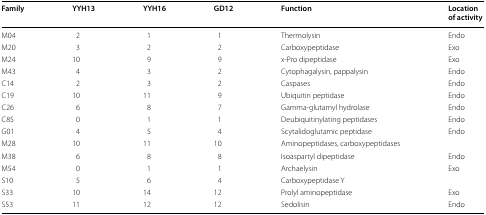
| Family | YYH13 | YYH16 | GD12 | Function | Location of activity |
 | --- | --- | --- | --- | --- | --- |
 | M04 | 2 | 1 | 1 | Thermolysin | Endo |
 | M20 | 3 | 2 | 2 | Carboxypeptidase | Exo |
 | M24 | 10 | 9 | 9 | x-Pro dipeptidase | Exo |
 | M43 | 4 | 3 | 2 | Cytophagalysin, pappalysin | Endo |
 | C14 | 2 | 3 | 2 | Caspases | Endo |
 | C19 | 10 | 11 | 9 | Ubiquitin peptidase | Endo |
 | C26 | 6 | 8 | 7 | Gamma-glutamyl hydrolase | Endo |
 | C85 | 0 | 1 | 1 | Deubiquitinylating peptidases | Endo |
 | G01 | 4 | 5 | 4 | Scytalidoglutamic peptidase | Endo |
 | M28 | 10 | 11 | 10 | Aminopeptidases, carboxypeptidases |  |
 | M38 | 6 | 8 | 8 | Isoaspartyl dipeptidase | Endo |
 | M54 | 0 | 1 | 1 | Archaelysin | Exo |
 | S10 | 5 | 6 | 4 | Carboxypeptidase Y |  |
 | S33 | 10 | 14 | 12 | Prolyl aminopeptidase | Exo |
 | S53 | 11 | 12 | 12 | Sedolisin | Endo |